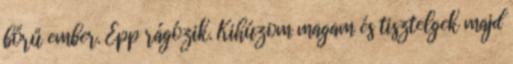
bőrű ember. Épp rágózik. Kihúzom magam és tisztelgek majd